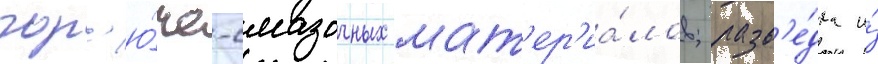
гор'ю́че-смазочных мат'ер'иа́лов; разв'е́дка и́